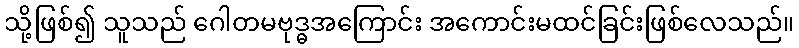
သို့ဖြစ်၍ သူသည် ဂေါတမဗုဒ္ဓအကြောင်း အကောင်းမထင်ခြင်းဖြစ်လေသည်။